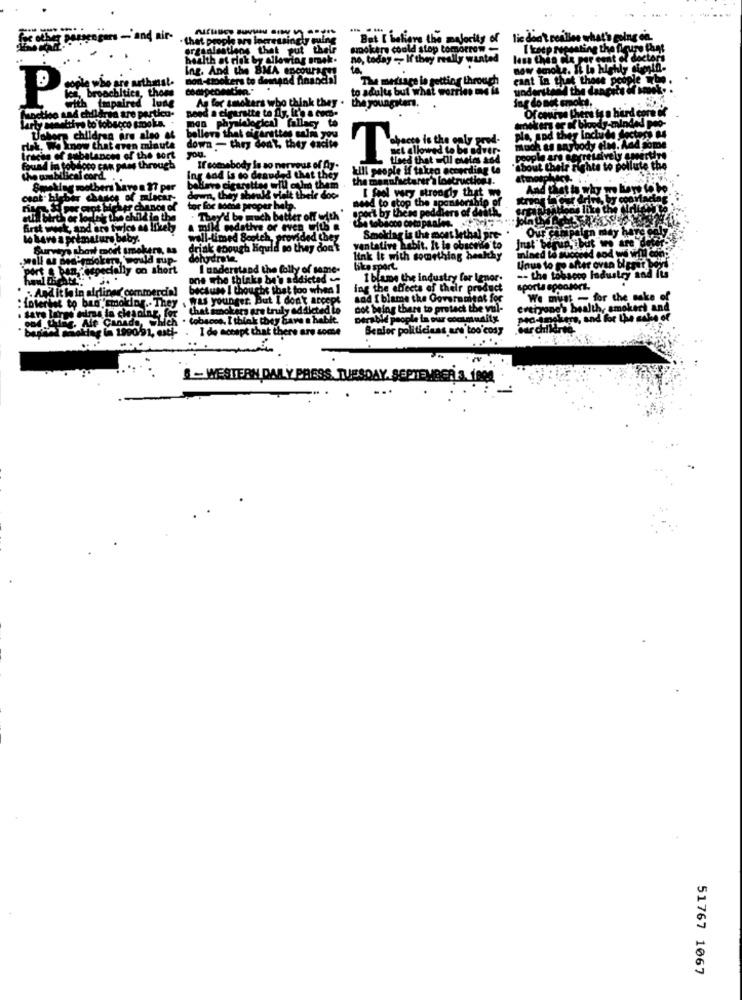
... ....
cars -'and air-
that people are increasingly quing
But I believe the majority of
lis
ergaalastiens that put their
smokers could stop tomorrow
o al rik by allowing smel
no, today -, If they really wanted
Ing. And the BMA encourage
non-tookers to demand financial
is getting through
to adults but what worries
P
As for smokers who think they .
the youngsters.
need a cigarsite to fly, it's a coco-
mas phyalalogical fallacy to
believe that sigaretten salm you
down - they don't, they excite
you.
T
If somebody is so nervous of 0y.
ing sod la so desudad that they
the mer
kill people if takro ach
terer a lostructions
ovo cigarettes will ochra them
I feel very strongly that we
down, they should plait thele doc-
need to stop the sponsorship of
tor for some proper help.
spor't by these peddlers of death,
a mild medative or even with .
wall-timed Scotch, provided they
Smoking is the most lethal pre-
a Soul
vantative habit. It la obscelo to
ohydrate
link It with something henk
like sport.
ne et
1 blame the industry far Ignor.
ing the effects of their product
sporta spod
erdet to b
sad I blame the Governuitat for
wat for
We m
the sake of
. They
not being there to protect the vul-
everyone's be
mokert
tobac
Derable people la our cocimunity
Mo-inek
ktere, and
of the cake of
I de Me
Senior politicians are too cosy
S -WESTERN DAILY PRESS, TUESDAY, SEPTEMBER 3. 1000
51767 1067